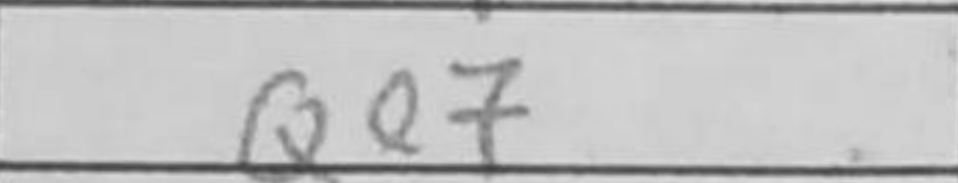
Transcription: Qe7